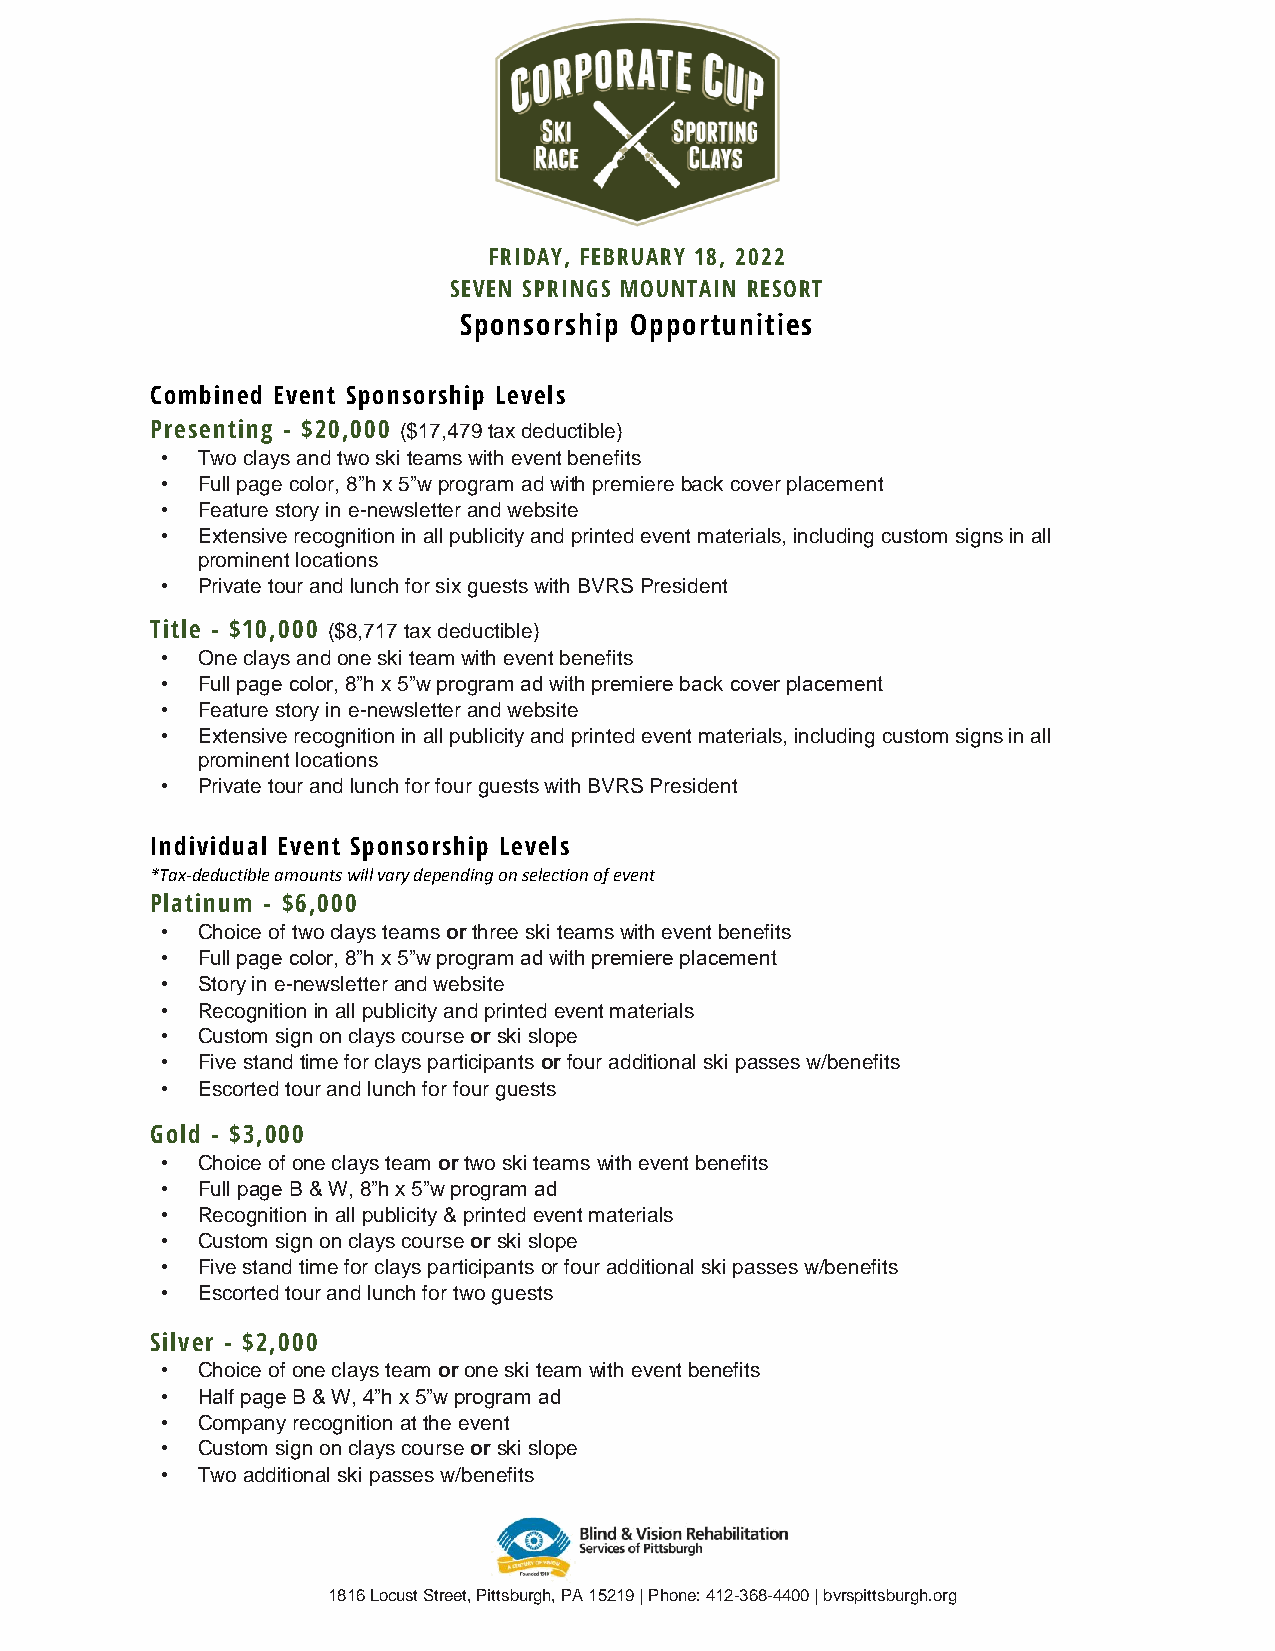
FRIDAY, FEBRUARY 18, 2022
 SEVEN SPRINGS MOUNTAIN RESORT
 Sponsorship Opportunities
 Combined Event Sponsorship Levels
 Presenting - $20,000 ($17,479 tax deductible)
 • Two clays and two ski teams with event benefits
 • Full page color, 8”h x 5”w program ad with premiere back cover placement
 • Feature story in e-newsletter and website
 • Extensive recognition in all publicity and printed event materials, including custom signs in all
 prominent locations
 • Private tour and lunch for six guests with BVRS President
 Title - $10,000 ($8,717 tax deductible)
 • One clays and one ski team with event benefits
 • Full page color, 8”h x 5”w program ad with premiere back cover placement
 • Feature story in e-newsletter and website
 • Extensive recognition in all publicity and printed event materials, including custom signs in all
 prominent locations
 • Private tour and lunch for four guests with BVRS President
 Individual Event Sponsorship Levels
 *Tax-deductible amounts will vary depending on selection of event
 Platinum - $6,000
 • Choice of two clays teams or three ski teams with event benefits
 • Full page color, 8”h x 5”w program ad with premiere placement
 • Story in e-newsletter and website
 • Recognition in all publicity and printed event materials
 • Custom sign on clays course or ski slope
 • Five stand time for clays participants or four additional ski passes w/benefits
 • Escorted tour and lunch for four guests
 Gold - $3,000
 • Choice of one clays team or two ski teams with event benefits
 • Full page B & W, 8”h x 5”w program ad
 • Recognition in all publicity & printed event materials
 • Custom sign on clays course or ski slope
 • Five stand time for clays participants or four additional ski passes w/benefits
 • Escorted tour and lunch for two guests
 Silver - $2,000
 • Choice of one clays team or one ski team with event benefits
 • Half page B & W, 4”h x 5”w program ad
 • Company recognition at the event
 • Custom sign on clays course or ski slope
 • Two additional ski passes w/benefits
 1816 Locust Street, Pittsburgh, PA 15219 | Phone: 412-368-4400 | bvrspittsburgh.org